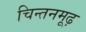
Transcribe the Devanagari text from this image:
चिन्तनमूढ़